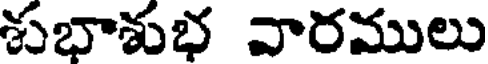
శుభాశుభ వారములు